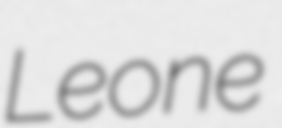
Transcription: Leone